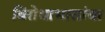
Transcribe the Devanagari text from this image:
विरोधाभासांचा